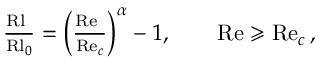
\begin{array} { r } { \frac { \mathrm { R l } \ } { \mathrm { R l } _ { 0 } } = \left( \frac { \mathrm { R e } \ } { \mathrm { R e } _ { c } } \right) ^ { \alpha } - 1 , \qquad \mathrm { R e } \geqslant \mathrm { R e } _ { c } \, , } \end{array}